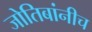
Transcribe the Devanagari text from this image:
जोतिबांनीच